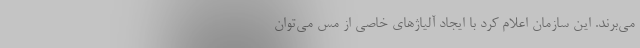
می‌برند. این سازمان اعلام کرد با ایجاد آلیاژهای خاصی از مس می‌توان